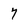
Character: 7